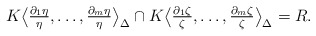
\begin{align*} K\bigl\langle\tfrac{\partial_1\eta}{\eta},\dots,\tfrac{\partial_m\eta}{\eta}\bigr\rangle_\Delta \cap K \bigl\langle\tfrac{\partial_1\zeta}{\zeta},\dots,\tfrac{\partial_m\zeta}{\zeta}\bigr\rangle_\Delta=R.\end{align*}